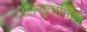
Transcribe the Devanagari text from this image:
लिसुतानिया